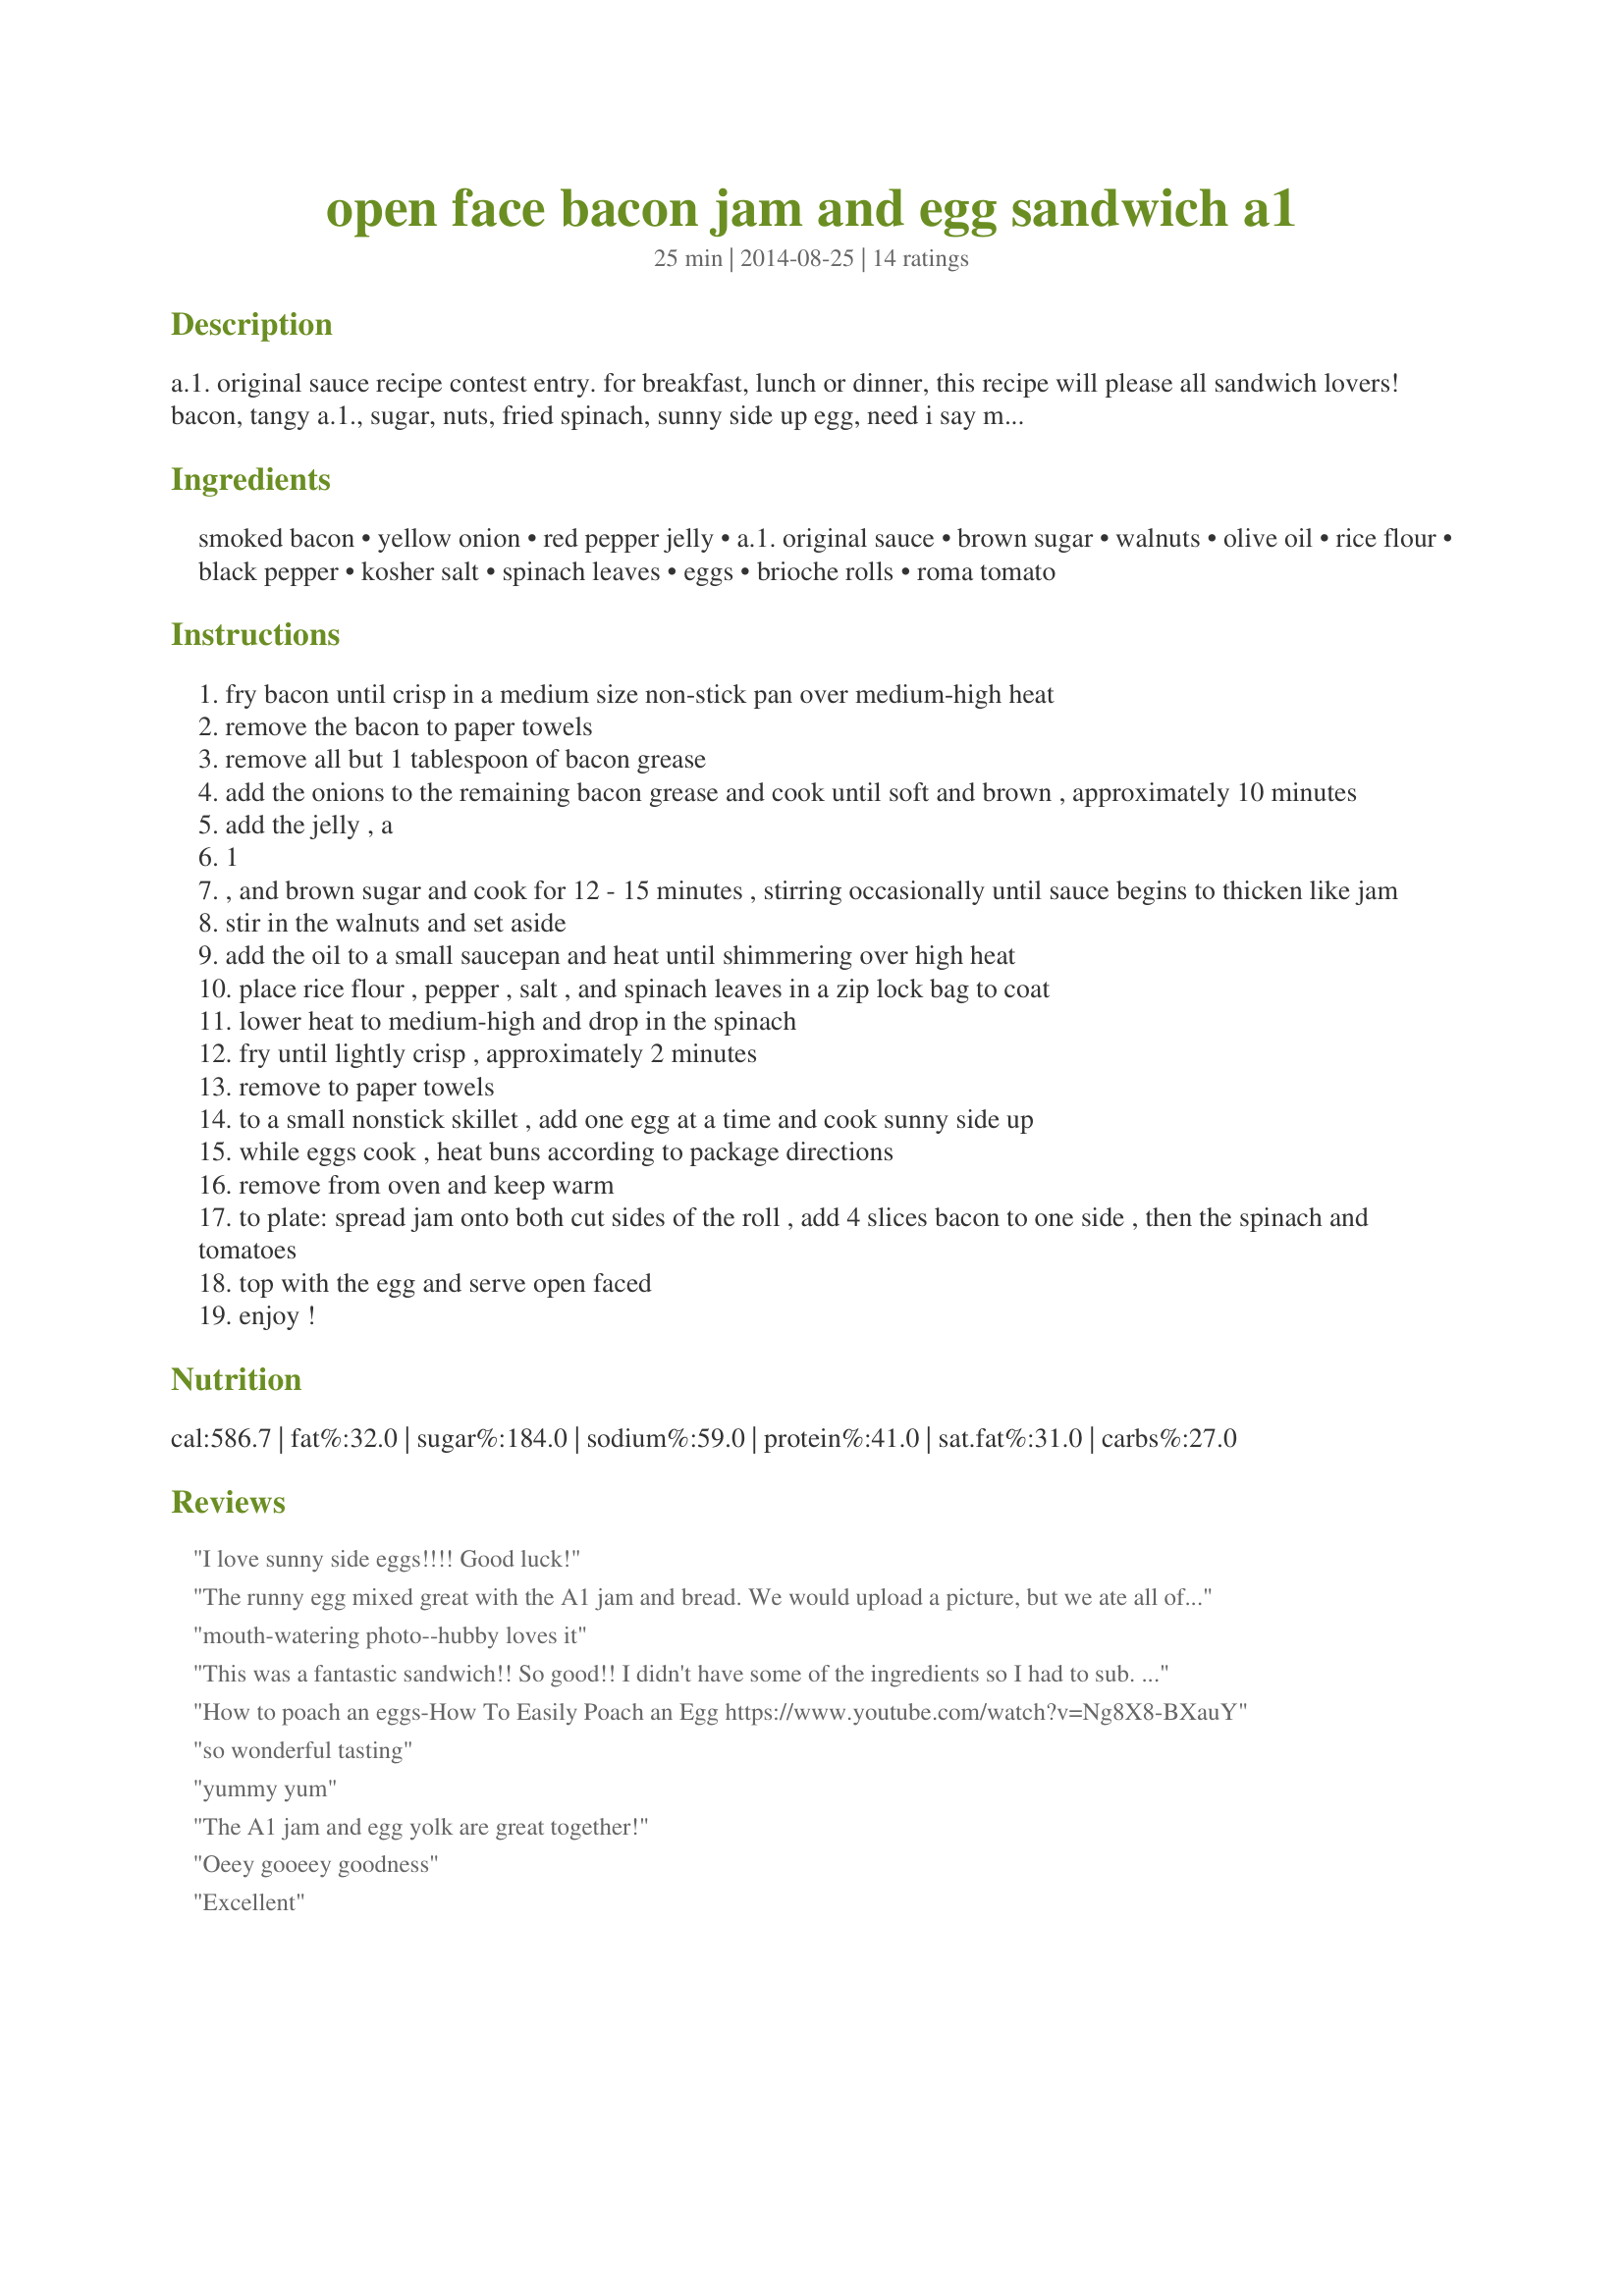
open face bacon jam and egg sandwich a1
Preparation time: 25 minutes

a.1. original sauce recipe contest entry. for breakfast, lunch or dinner, this recipe will please all sandwich lovers! bacon, tangy a.1., sugar, nuts, fried spinach, sunny side up egg, need i say more? yum, yum!

Ingredients:
smoked bacon, yellow onion, red pepper jelly, a.1. original sauce, brown sugar, walnuts, olive oil, rice flour, black pepper, kosher salt, spinach leaves, eggs, brioche rolls, roma tomato

Steps:
fry bacon until crisp in a medium size non-stick pan over medium-high heat
remove the bacon to paper towels
remove all but 1 tablespoon of bacon grease
add the onions to the remaining bacon grease and cook until soft and brown , approximately 10 minutes
add the jelly , a
1
, and brown sugar and cook for 12 - 15 minutes , stirring occasionally until sauce begins to thicken like jam
stir in the walnuts and set aside
add the oil to a small saucepan and heat until shimmering over high heat
place rice flour , pepper , salt , and spinach leaves in a zip lock bag to coat
lower heat to medium-high and drop in the spinach
fry until lightly crisp , approximately 2 minutes
remove to paper towels
to a small nonstick skillet , add one egg at a time and cook sunny side up
while eggs cook , heat buns according to package directions
remove from oven and keep warm
to plate: spread jam onto both cut sides of the roll , add 4 slices bacon to one side , then the spinach and tomatoes
top with the egg and serve open faced
enjoy !

Reviews:
I love sunny side eggs!!!! Good luck!
The runny egg mixed great with the A1 jam and bread. We would upload a picture, but we ate all of it ;)
mouth-watering photo--hubby loves it
This was a fantastic sandwich!! So good!! I didn't have some of the ingredients so I had to sub. Used grape jelly instead of the pepper jelly, but I added some chopped jalapenos to the cooking jam to give some kick that the pepper jelly would have. Used a -not to sweet- BBQ sauce for the A1 (sorry, we do not like the stuff) and almond flour for the spinach instead of the rice flour. Everything was just delicious together, a pretty perfect sandwich!! YUM!
How to poach an eggs-How To Easily Poach an Egg https://www.youtube.com/watch?v=Ng8X8-BXauY
so wonderful tasting
yummy yum
The A1 jam and egg yolk are great together!
Oeey gooeey goodness
Excellent
ohhhh yeah
Fantastic brunch today with these!
Rootn&#039; tootn&#039; for you
Wish I had one right NOW!!!
